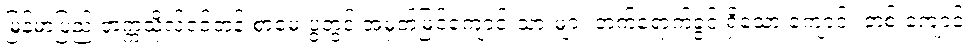
မြန်မာပြည် တက္ကသိုလ်ဝင်တန်းစာမေးပွဲတွင် အမှတ်မြင့်ကျောင်းသားများ တက်ရောက်ခွင့် ရှိသော ကျောင်း တစ် ကျောင်း